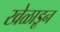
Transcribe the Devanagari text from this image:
खेळाडून